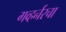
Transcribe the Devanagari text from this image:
गव्हर्नरचा